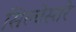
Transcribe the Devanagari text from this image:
सिल्वेस्तरे